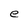
Character: e